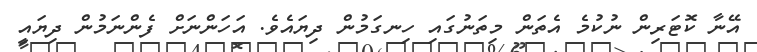
އޭނާ ކޮޓަރިން ނުކުމެ އެތަން މިތަނުގައި ހިނގަމުން ދިޔައެވެ. އަހަންނަށް ފެންނަމުން ދިޔައީ